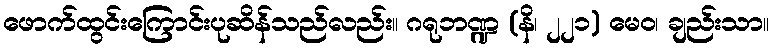
ဖောက်ထွင်းကြောင်းပုဆိန်သည်လည်း။ ဂရုဘဏ္ဍ (နိ၊ ၂၂၁) မေဝ၊ ချည်းသာ။